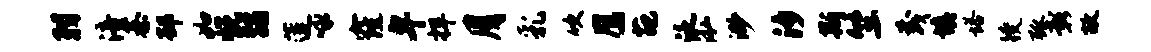
羽涪綦邳如悦蠲莲咏窿卑捍月乳吹鹰葩泛泓渺汐斯竺茂填塔躞弧彰故